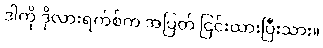
ဒါကို ဒိုလားရက်စ်က အပြတ် ငြင်းထားပြီးသား။